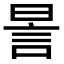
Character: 𧦊